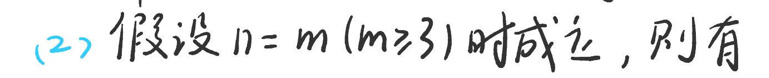
(2) 假设 \(n = m(m\geq3)\) 时成立，则有